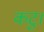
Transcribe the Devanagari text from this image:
कटु।